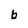
Character: b